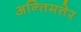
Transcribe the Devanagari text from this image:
अन्तिमत्तेर